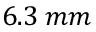
6 . 3 \: m m